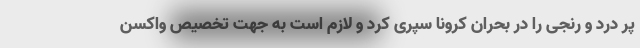
پر درد و رنجی را در بحران کرونا سپری کرد و لازم است به جهت تخصیص واکسن